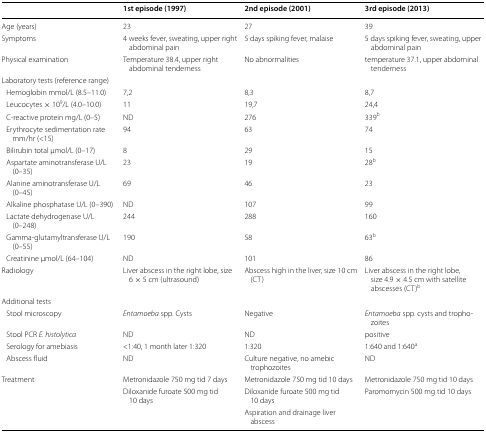
<table><thead><tr><td></td><td><b>1st episode (1997)</b></td><td><b>2nd episode (2001)</b></td><td><b>3rd episode (2013)</b></td></tr></thead><tbody><tr><td>Age (years)</td><td>23</td><td>27</td><td>39</td></tr><tr><td>Symptoms</td><td>4 weeks fever, sweating, upper right abdominal pain</td><td>5 days spiking fever, malaise</td><td>5 days spiking fever, sweating, upper abdominal pain</td></tr><tr><td>Physical examination</td><td>Temperature 38.4, upper right abdominal tenderness</td><td>No abnormalities</td><td>temperature 37.1, upper abdominal tenderness</td></tr><tr><td colspan="4">Laboratory tests (reference range)</td></tr><tr><td> Hemoglobin mmol/L (8.5–11.0)</td><td>7,2</td><td>8,3</td><td>8,7</td></tr><tr><td> Leucocytes × 10<sup>9</sup>/L (4.0–10.0)</td><td>11</td><td>19,7</td><td>24,4</td></tr><tr><td> C-reactive protein mg/L (0–5)</td><td>ND</td><td>276</td><td>339<sup>b</sup></td></tr><tr><td> Erythrocyte sedimentation rate mm/hr (&lt;15)</td><td>94</td><td>63</td><td>74</td></tr><tr><td> Bilirubin total μmol/L (0–17)</td><td>8</td><td>29</td><td>15</td></tr><tr><td> Aspartate aminotransferase U/L (0–35)</td><td>23</td><td>19</td><td>28<sup>b</sup></td></tr><tr><td> Alanine aminotransferase U/L (0–45)</td><td>69</td><td>46</td><td>23</td></tr><tr><td> Alkaline phosphatase U/L (0–390)</td><td>ND</td><td>107</td><td>99</td></tr><tr><td> Lactate dehydrogenase U/L (0–248)</td><td>244</td><td>288</td><td>160</td></tr><tr><td> Gamma-glutamyltransferase U/L (0–55)</td><td>190</td><td>58</td><td>63<sup>b</sup></td></tr><tr><td> Creatinine μmol/L (64–104)</td><td>ND</td><td>101</td><td>86</td></tr><tr><td>Radiology</td><td>Liver abscess in the right lobe, size 6 × 5 cm (ultrasound)</td><td>Abscess high in the liver, size 10 cm (CT)</td><td>Liver abscess in the right lobe, size 4.9 × 4.5 cm with satellite abscesses (CT)<sup>b</sup></td></tr><tr><td colspan="4">Additional tests</td></tr><tr><td> Stool microscopy</td><td><i>Entamoeba</i> spp. Cysts</td><td>Negative</td><td><i>Entamoeba</i> spp. cysts and trophozoites</td></tr><tr><td> Stool PCR <i>E. histolytica</i></td><td>ND</td><td>ND</td><td>positive</td></tr><tr><td> Serology for amebiasis</td><td>&lt;1:40, 1 month later 1:320</td><td>1:320</td><td>1:640 and 1:640<sup>a</sup></td></tr><tr><td> Abscess fluid</td><td>ND</td><td>Culture negative, no amebic trophozoites</td><td>ND</td></tr><tr><td rowspan="3">Treatment</td><td>Metronidazole 750 mg tid 7 days</td><td>Metronidazole 750 mg tid 10 days</td><td>Metronidazole 750 mg tid 10 days</td></tr><tr><td>Diloxanide furoate 500 mg tid 10 days</td><td>Diloxanide furoate 500 mg tid 10 days</td><td>Paromomycin 500 mg tid 10 days</td></tr><tr><td></td><td>Aspiration and drainage liver abscess</td><td></td></tr></tbody></table>